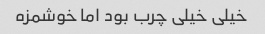
خیلی خیلی چرب بود اما خوشمزه